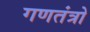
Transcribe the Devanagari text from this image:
गणतंत्रो